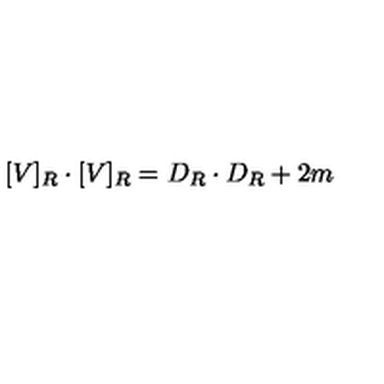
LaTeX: [ V ] _ { R } \cdot [ V ] _ { R } = D _ { R } \cdot D _ { R } + 2 m